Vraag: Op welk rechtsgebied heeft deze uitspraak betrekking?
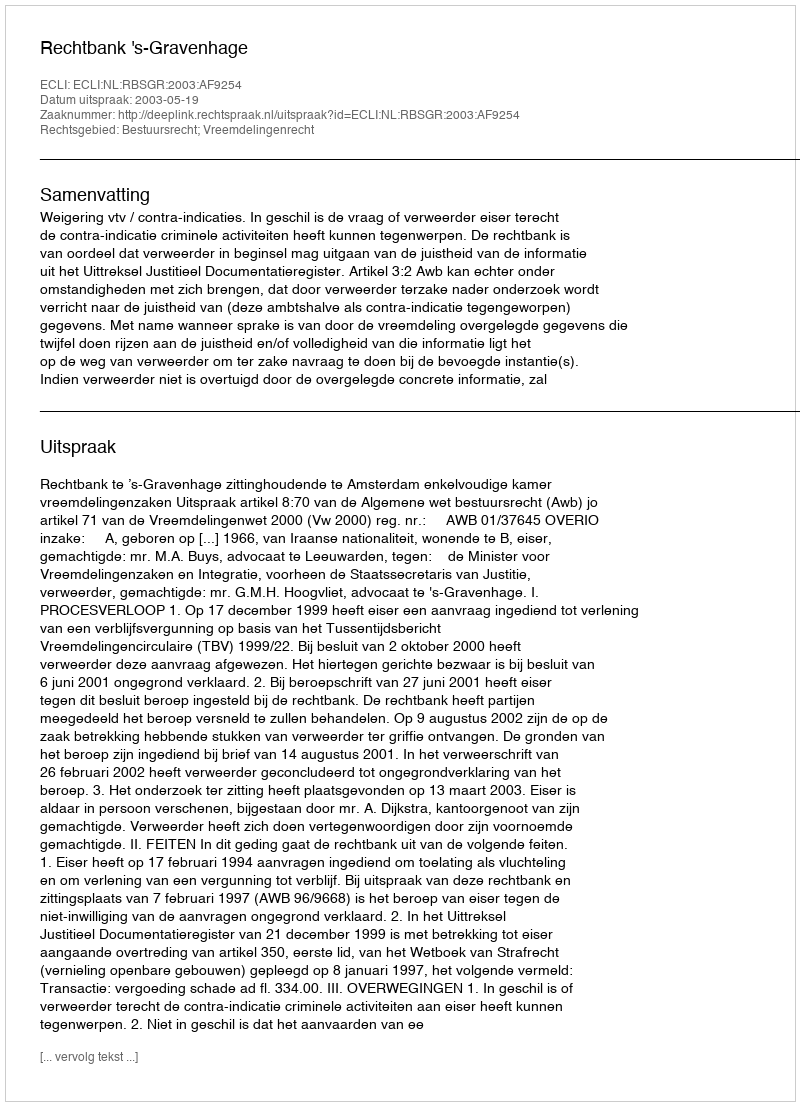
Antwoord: Bestuursrecht; Vreemdelingenrecht